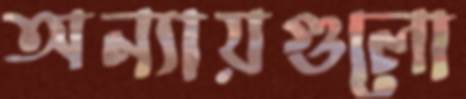
অন্যায়গুলো